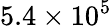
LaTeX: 5.4\times 10^{5}